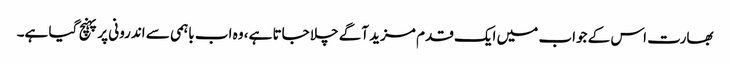
بھارت اس کے جواب میں ایک قدم مزید آگے چلا جاتا ہے، وہ اب باہمی سے اندرونی پر پہنچ گیا ہے۔